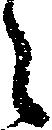
々